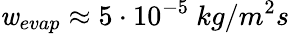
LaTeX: \mathit{w}_{evap}\approx5\cdot10^{-5}~kg/m^{2}s